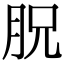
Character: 𣍦